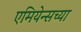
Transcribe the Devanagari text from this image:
एमियेन्सच्या